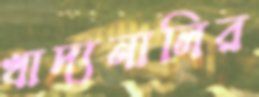
খাদ্যনালির